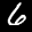
Label: 6